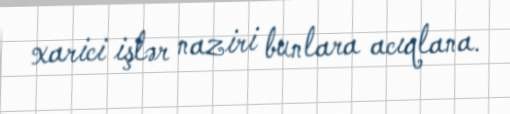
xarici işlər naziri bunlara acıqlana.